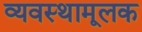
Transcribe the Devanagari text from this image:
व्यवस्थामूलक